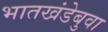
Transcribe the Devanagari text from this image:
भातखंडेबुवा